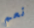
نعم